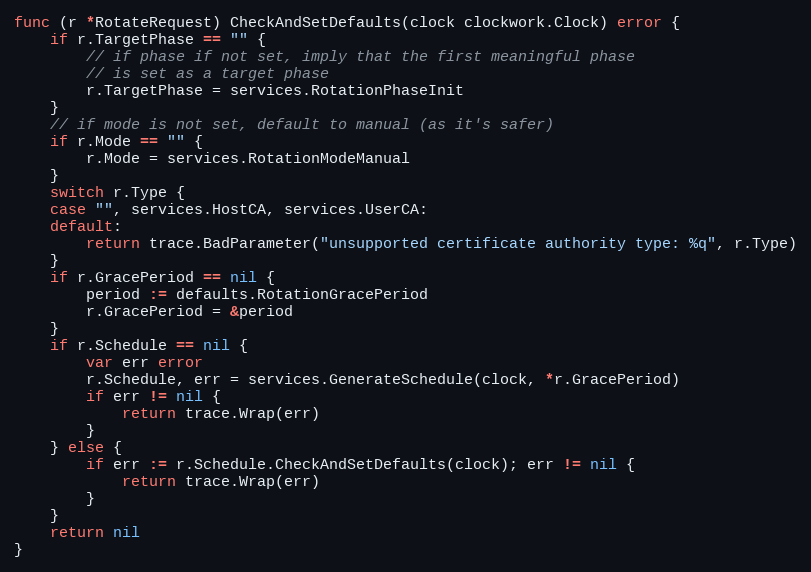
Language: Go
func (r *RotateRequest) CheckAndSetDefaults(clock clockwork.Clock) error {
	if r.TargetPhase == "" {
		// if phase if not set, imply that the first meaningful phase
		// is set as a target phase
		r.TargetPhase = services.RotationPhaseInit
	}
	// if mode is not set, default to manual (as it's safer)
	if r.Mode == "" {
		r.Mode = services.RotationModeManual
	}
	switch r.Type {
	case "", services.HostCA, services.UserCA:
	default:
		return trace.BadParameter("unsupported certificate authority type: %q", r.Type)
	}
	if r.GracePeriod == nil {
		period := defaults.RotationGracePeriod
		r.GracePeriod = &period
	}
	if r.Schedule == nil {
		var err error
		r.Schedule, err = services.GenerateSchedule(clock, *r.GracePeriod)
		if err != nil {
			return trace.Wrap(err)
		}
	} else {
		if err := r.Schedule.CheckAndSetDefaults(clock); err != nil {
			return trace.Wrap(err)
		}
	}
	return nil
}